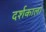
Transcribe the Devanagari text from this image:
दर्शकाला